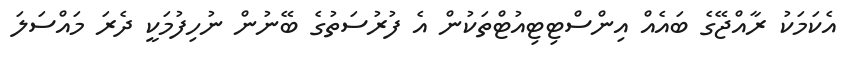
އެކަމަކު ރާއްޖޭގެ ބައެއް އިންސްޓިޓިއުޓްތަކުން އެ ފުރުސަތުގެ ބޭނުން ނުހިފުމަކީ ދެރަ މައްސަލަ